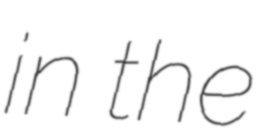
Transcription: in the